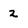
Character: 2